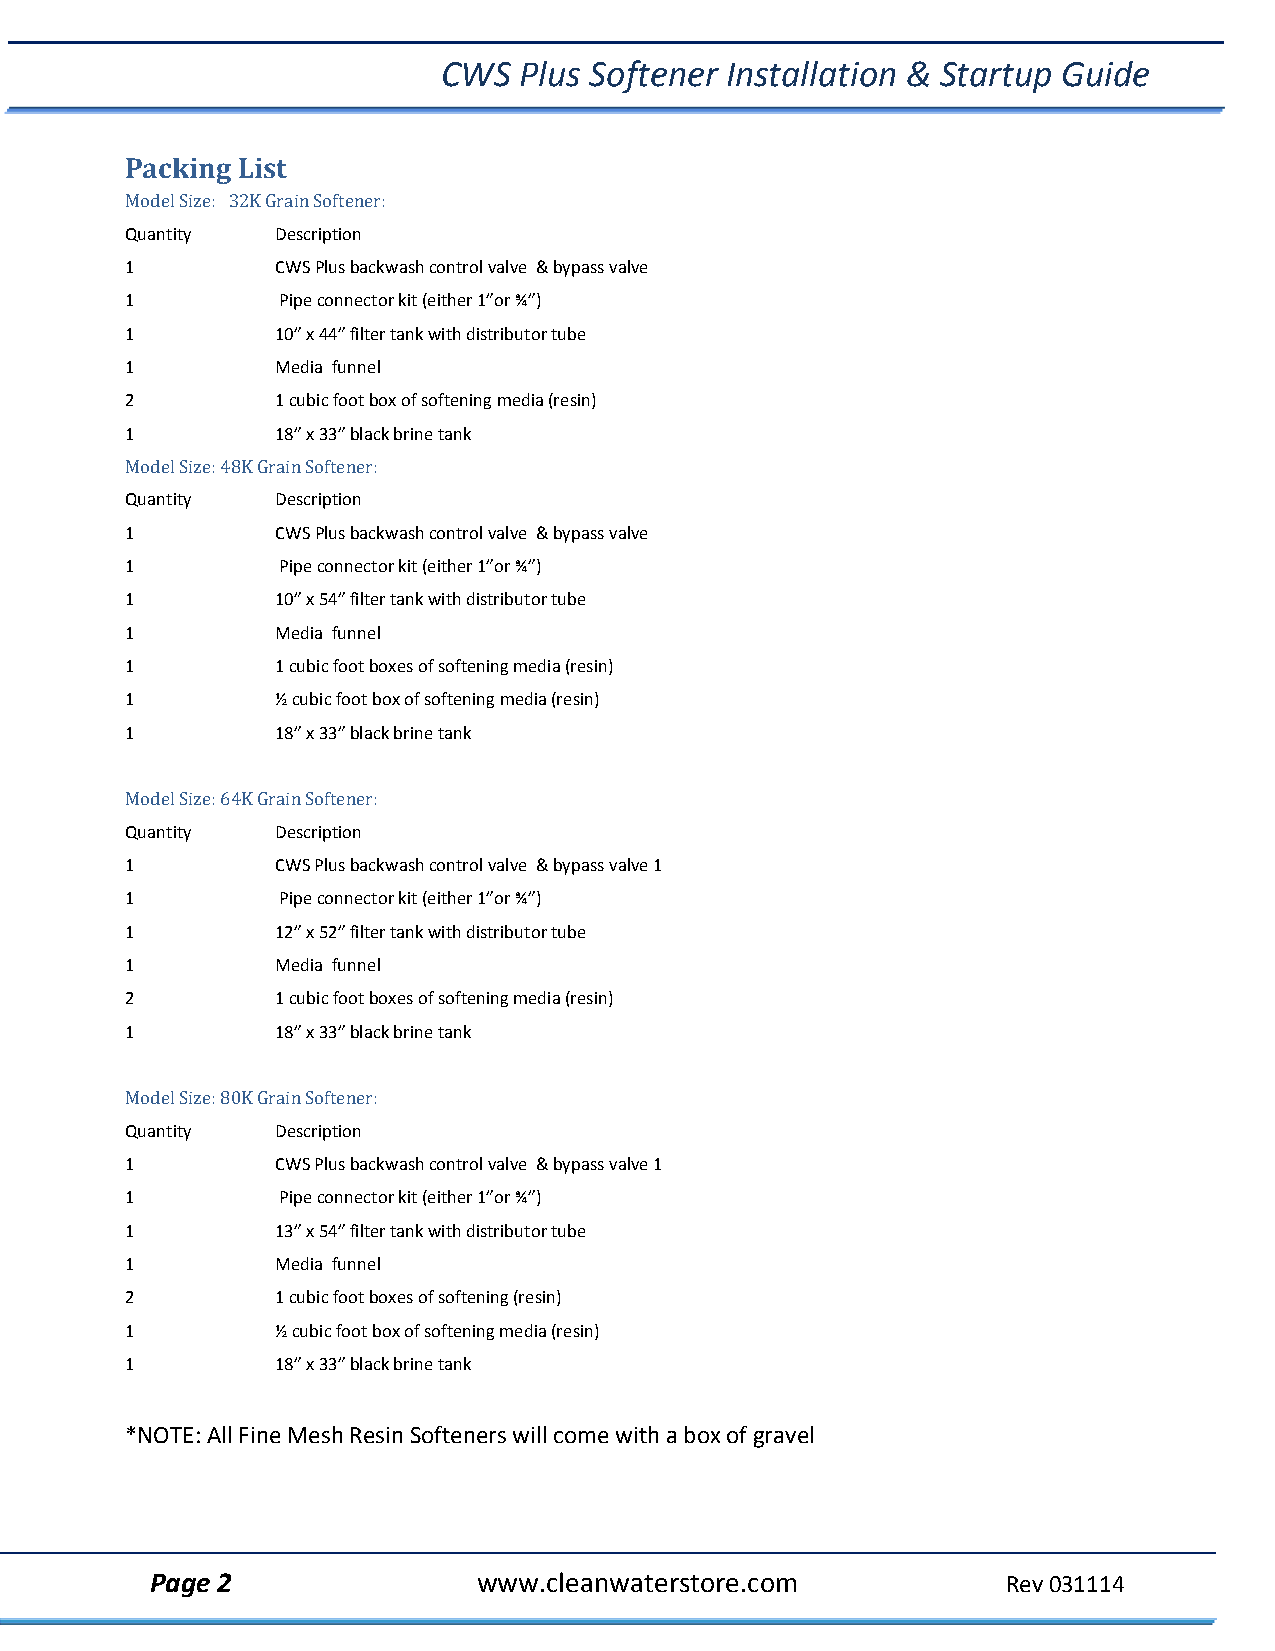
CWS  Plus Softener Installation & Startup Guide
 Packing List
 Model Size: 32K Grain Softener:
 Quantity  Description
 1         CWS Plus backwash control valve & bypass valve
 1         Pipe connector kit (either 1”or ¾”)
 1         10” x 44” filter tank with distributor tube
 1         Media funnel
 2         1 cubic foot box of softening media (resin)
 1         18” x 33” black brine tank
 Model Size: 48K Grain Softener:
 Quantity  Description
 1         CWS Plus backwash control valve & bypass valve
 1         Pipe connector kit (either 1”or ¾”)
 1         10” x 54” filter tank with distributor tube
 1         Media funnel
 1         1 cubic foot boxes of softening media (resin)
 1         ½ cubic foot box of softening media (resin)
 1         18” x 33” black brine tank
 Model Size: 64K Grain Softener:
 Quantity  Description
 1         CWS Plus backwash control valve & bypass valve 1
 1         Pipe connector kit (either 1”or ¾”)
 1         12” x 52” filter tank with distributor tube
 1         Media funnel
 2         1 cubic foot boxes of softening media (resin)
 1         18” x 33” black brine tank
 Model Size: 80K Grain Softener:
 Quantity  Description
 1         CWS Plus backwash control valve & bypass valve 1
 1         Pipe connector kit (either 1”or ¾”)
 1         13” x 54” filter tank with distributor tube
 1         Media funnel
 2         1 cubic foot boxes of softening (resin)
 1         ½ cubic foot box of softening media (resin)
 1         18” x 33” black brine tank
 *NOTE: All Fine Mesh Resin Softeners will come with a box of gravel
 Page 2                www.cleanwaterstore.com            Rev 031114